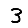
Digit: 3